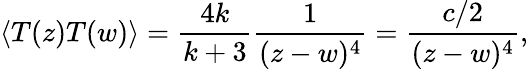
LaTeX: \langle T(z)T(w)\rangle=\frac{4k}{k+3}\frac{1}{(z-w)^{4}}=\frac{c/2}{(z-w)^{4}},